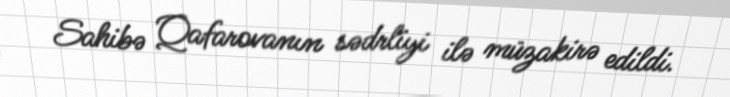
Sahibə Qafarovanın sədrliyi ilə müzakirə edildi.